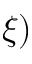
\xi )